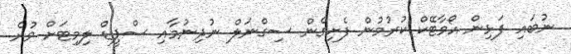
ނުބައި ފަޅިން އޯވާޓޭކް ކުރުމުން ފެށިގެން ސިގްނަލް ނުދިނުމާއި ސްޕީޑް ލިމިޓަށް ވުރެ